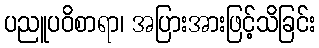
ပညူပဝိစာရာ၊ အပြားအားဖြင့်သိခြင်း